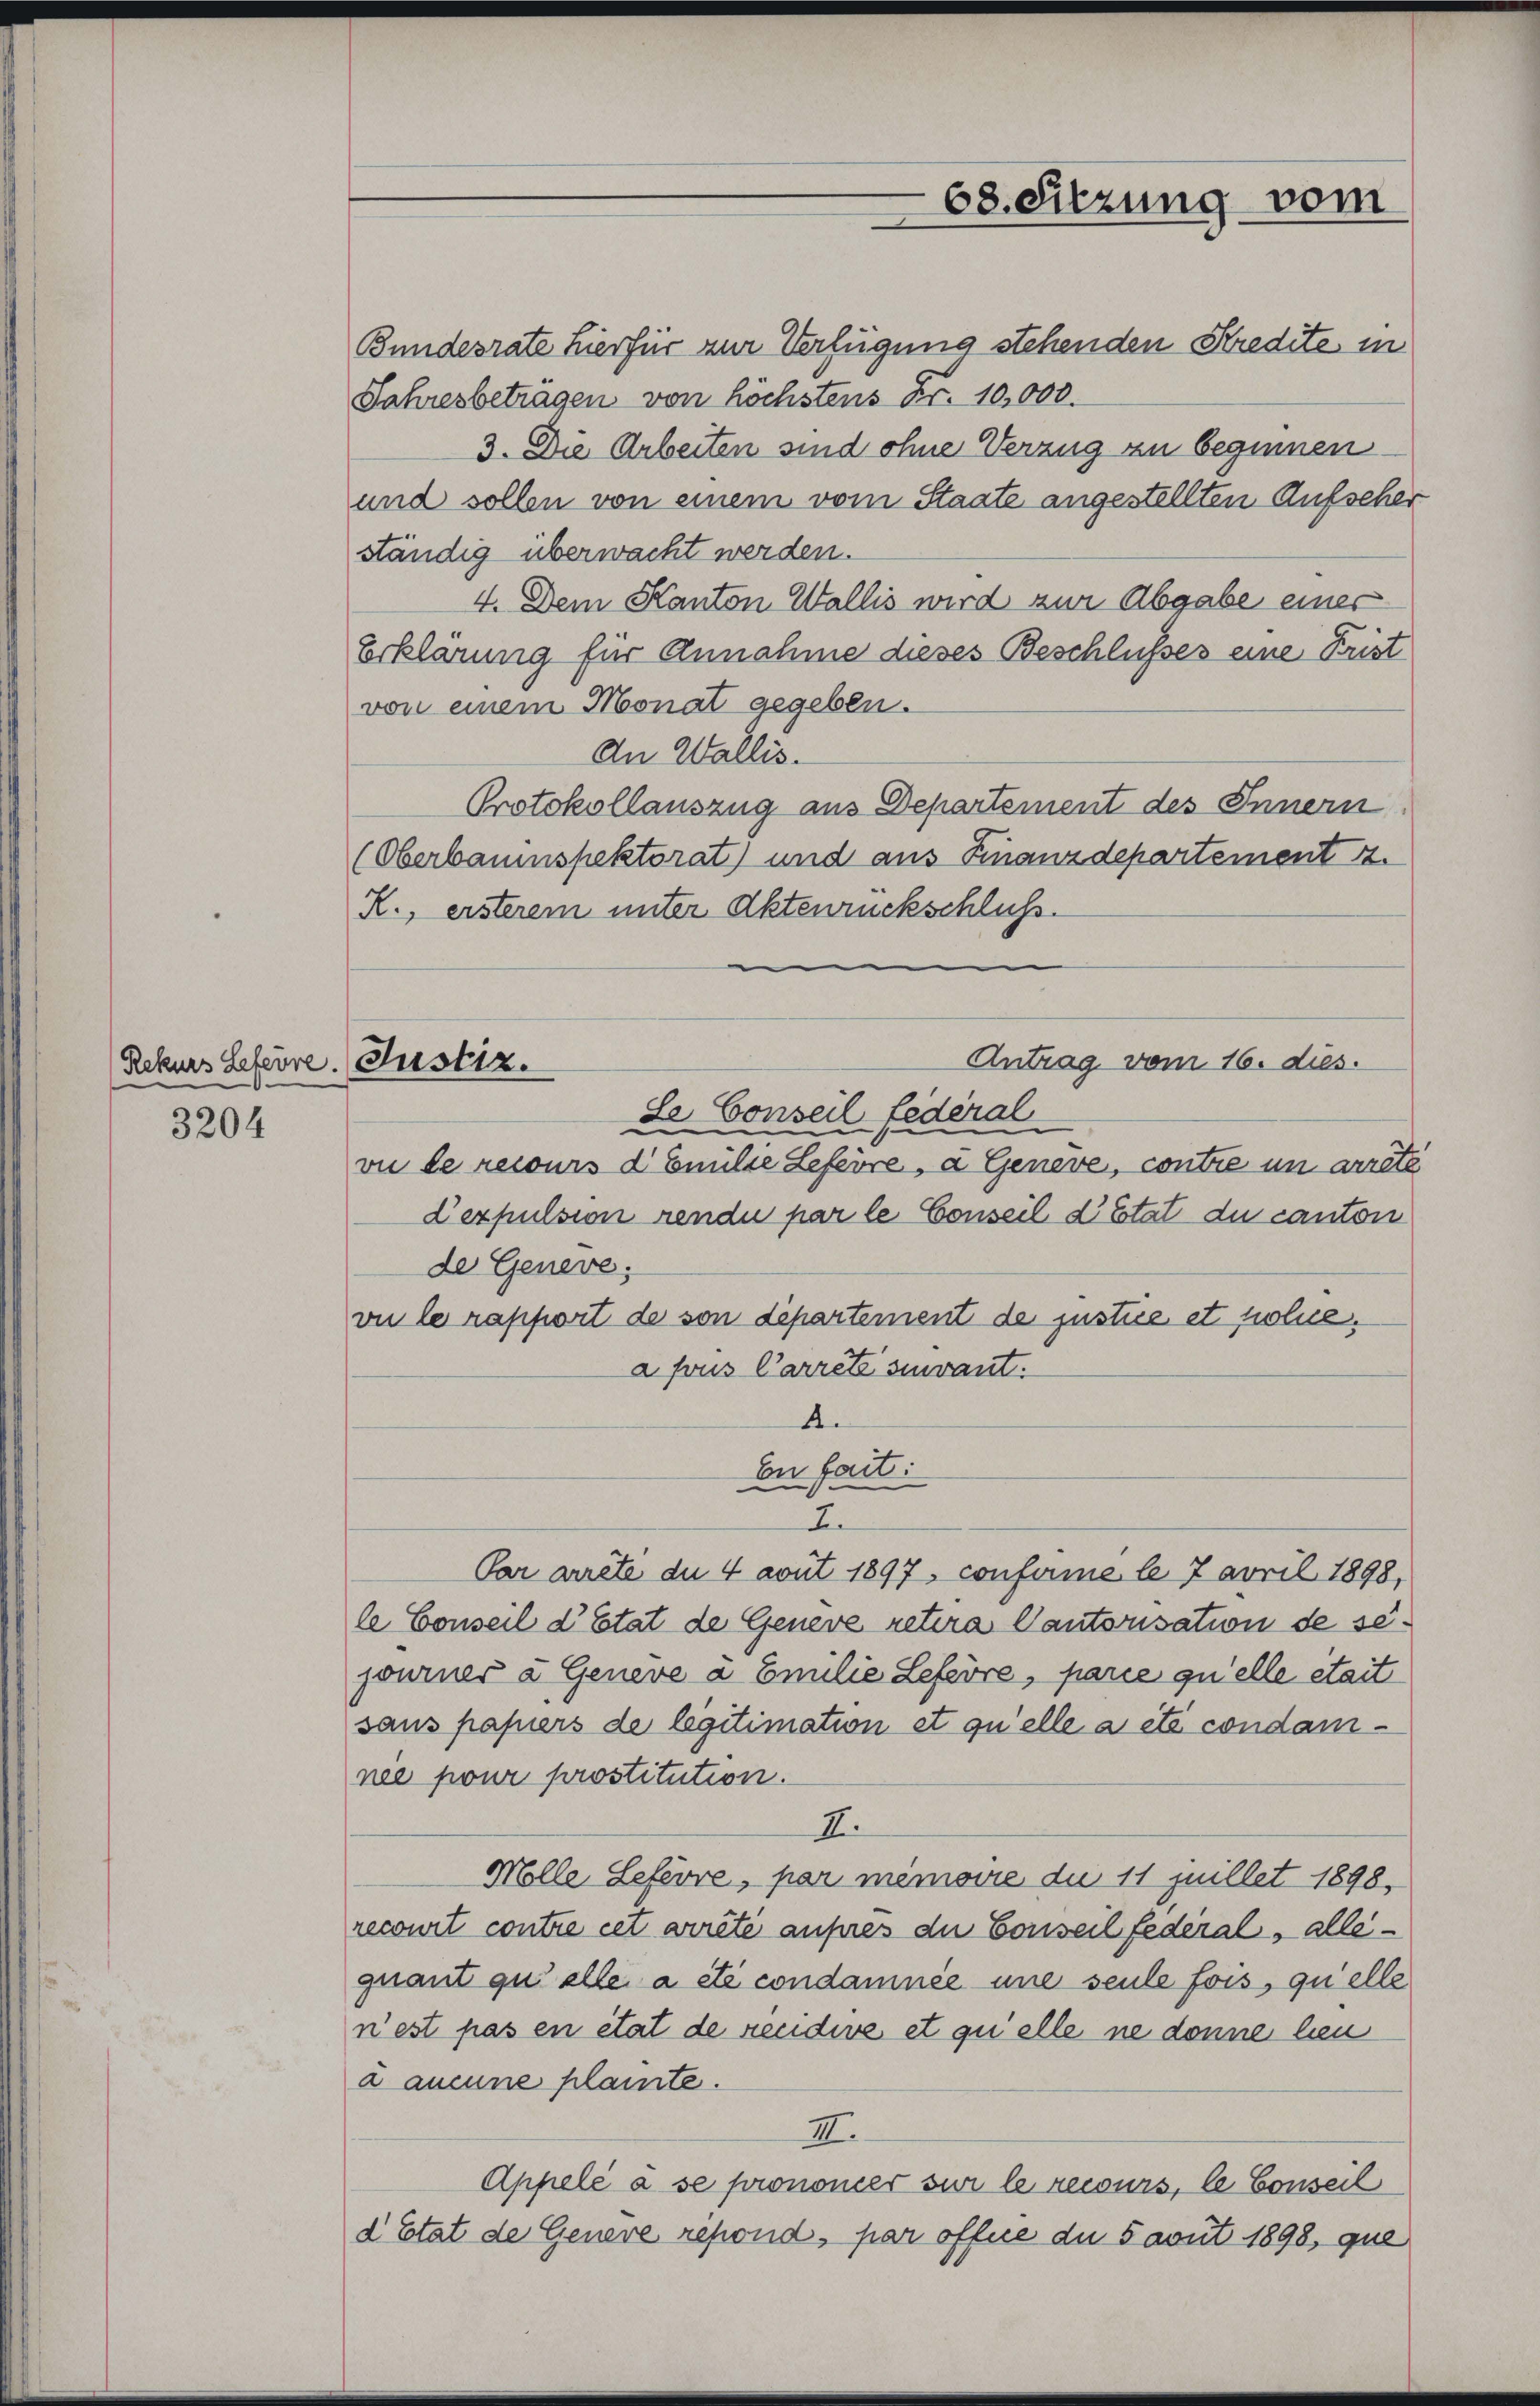
(Rekurs Lefevre

3204

.Justiz.

Bundesrate hierfür zur Verfügung stehenden Kredite in
Jahresbeträgen von höchstens Fr. 10,000.
3. Die Arbeiten sind ohne Verzug zu beginnen
und sollen von einem vom Staate angestellten Aufseher
ständig überwacht werden.
4. Dem Kanton Wallis wird zur Abgabe einer
Erklärung für Annahme dieses Beschlusses eine Frist
von einem Monat gegeben.
An Wallis.
Protokollauszug aus Departement des Innern
(Oberbauinspektorat) und aus Finanzdepartement 2.
K., ersterem unter Aktenrückschluß.
Antrag vom 16. dies.
Se Conseil fédéral
vue de recours d Emilie Lefevre, d Geneve, contre in arrête
Dezpulsion rendu par le Conseil d’Etat du canton
de Geneve:
vu le rapport de von departement de justice et polie.
a sous Carrête sinvant.
4.
En fait:
I
Par arrête du 4 avut 1897, confirme le 7 avril 1898,
le Conseil d’Etat de Geneve retira Cantonsation de sejourner à Geneve à Emilie Lefevre, parie qu’elle était
sans papiers de legitimation et qu’elle a été condamnee pour prostitution.
I.
Mölle Lefevre, par mémoire du 11 Juillet 1898,
recourt contre cet arrêté auhres die Conseil federal , alle
quant qu’elle a été condamnée une seule fois, quelle
nest pas en état de recidive et quelle ne donne heu
2 aucune plainte.
I.
Appelé à se prononer sur le recours, le Conseil
d Etat de Genere répond, par offne du 5 avut 1898, que

68. Sitzung vom